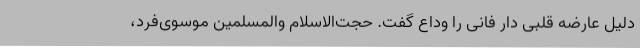
دلیل عارضه قلبی دار فانی را وداع گفت. حجت‌الاسلام والمسلمین موسوی‌فرد،